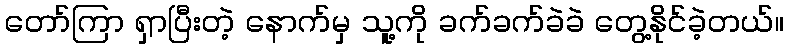
တော်ကြာ ရှာပြီးတဲ့ နောက်မှ သူ့ကို ခက်ခက်ခဲခဲ တွေ့နိုင်ခဲ့တယ်။